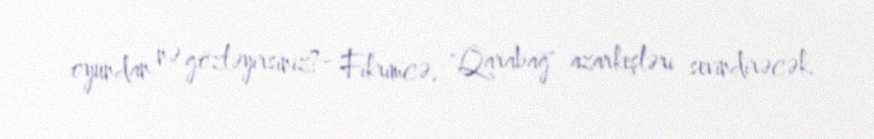
oyundan nə gözləyirsiniz?- Fikrimcə, "Qarabağ" azarkeşləri sevindirəcək.